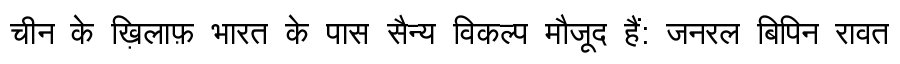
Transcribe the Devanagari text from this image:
चीन के ख़िलाफ़ भारत के पास सैन्य विकल्प मौजूद हैं: जनरल बिपिन रावत